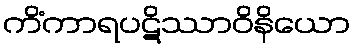
ကိံကာရပဋိဿာဝိနိယော